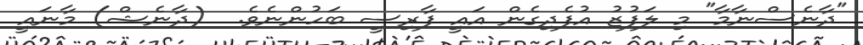
"ދާނެސްނާމާ" މި ލަފުޒު އުފެދިގެން އައީ ފާރިސީ ބަހުންނެވެ.  (ދާނެޝް) މާނައީ